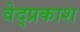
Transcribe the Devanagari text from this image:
वेद्प्रकाश